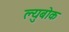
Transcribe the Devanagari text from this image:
ल्युबोक